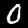
Label: 0